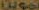
تموين